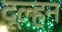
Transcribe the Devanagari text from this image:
दूल्हन